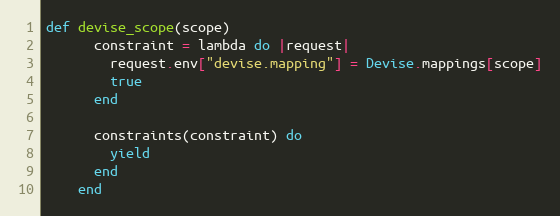
Language: Ruby
def devise_scope(scope)
      constraint = lambda do |request|
        request.env["devise.mapping"] = Devise.mappings[scope]
        true
      end

      constraints(constraint) do
        yield
      end
    end